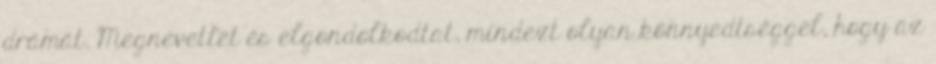
drámát. Megnevettet és elgondolkodtat, mindezt olyan könnyedtséggel, hogy az